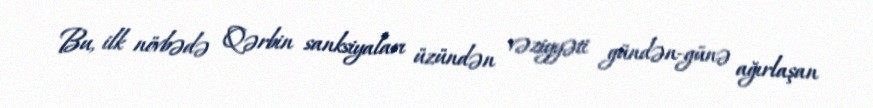
Bu, ilk növbədə Qərbin sanksiyaları üzündən vəziyyəti gündən-günə ağırlaşan